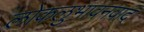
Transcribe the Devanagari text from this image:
लोकलुभावनवाद